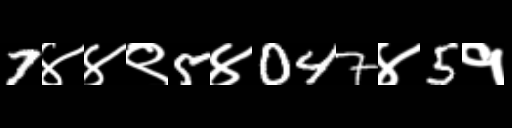
Text: 7४४९5४047४5१